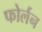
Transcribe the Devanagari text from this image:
फोर्लन